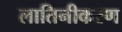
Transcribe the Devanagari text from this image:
लातिनीकरण